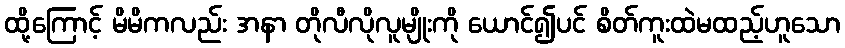
ထို့ကြောင့် မိမိကလည်း အနာ တိုလီလိုလူမျိုးကို ယောင်၍ပင် စိတ်ကူးထဲမထည့်ဟူသော